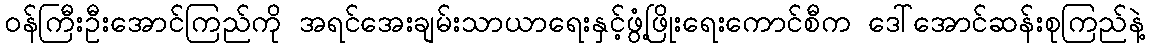
ဝန်ကြီးဦးအောင်ကြည်ကို အရင်အေးချမ်းသာယာရေးနှင့်ဖွံ့ဖြိုးရေးကောင်စီက ဒေါ်အောင်ဆန်းစုကြည်နဲ့